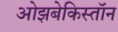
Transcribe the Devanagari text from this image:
ओझबेकिस्तॉन